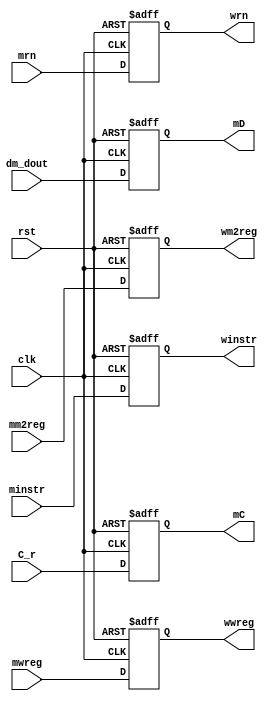
module mem2wb(clk, rst, mwreg, mm2reg, dm_dout, C_r, mrn, minstr,
  wwreg, wm2reg, mD, mC, winstr, wrn);
  input clk;
  input rst;
  input mwreg, mm2reg;
  input [31:0] C_r, dm_dout;
  input [31:0] minstr;
  input [4:0]  mrn;
  output wwreg, wm2reg;
  output [31:0] mC, mD;
  output [31:0] winstr;
  output [4:0]  wrn;
  reg wwreg, wm2reg;
  reg [31:0] mC, mD;
  reg [31:0] winstr;
  reg [4:0]  wrn;
  
  always @ (posedge clk or posedge rst) begin
    if(rst) begin
      wwreg <= 0;
      wm2reg <= 0;
      mC <= 0;
      mD <= 0;
      winstr <= 0;
      wrn <= 0;
    end
  else begin
      wwreg <= mwreg;
      wm2reg <= mm2reg;
      mC <= C_r;
      mD <= dm_dout;
      winstr <= minstr;
      wrn <= mrn;
    end
  end
endmodule